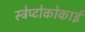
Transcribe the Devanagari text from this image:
स्ट्रेप्टोकोकाई